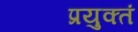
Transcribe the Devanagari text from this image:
प्रयुक्तं